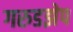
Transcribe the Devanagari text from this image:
गरुडझेप